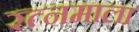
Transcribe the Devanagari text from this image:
रत्‍नमाला